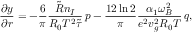
\frac { \partial y } { \partial r } = - \frac { 6 } { \pi } \frac { \tilde { R } n _ { I } } { R _ { 0 } T ^ { 2 } \tilde { \tau } } \, p - \frac { 1 2 \ln 2 } { \pi } \frac { \alpha _ { 1 } \omega _ { B } ^ { 2 } } { e ^ { 2 } v _ { g } ^ { 2 } R _ { 0 } T } \, q ,